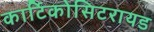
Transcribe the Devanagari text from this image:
कार्टिकोसिटरायड